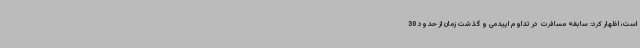
است، اظهار کرد: سابقه مسافرت در تداوم اپیدمی و گذشت زمان از حدود 30